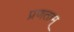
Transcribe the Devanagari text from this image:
प्रणताम्